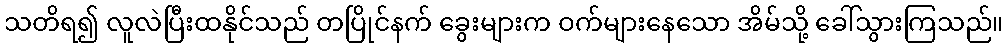
သတိရ၍ လူလဲပြီးထနိုင်သည် တပြိုင်နက် ခွေးများက ဝက်များနေသော အိမ်သို့ ခေါ်သွားကြသည်။